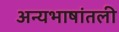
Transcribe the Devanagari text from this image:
अन्यभाषांतली